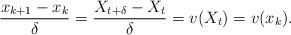
LaTeX: \begin{align*}\frac{x_{k+1} - x_k}{\delta} = \frac{X_{t+\delta} - X_t}{\delta} = v(X_t) = v(x_k).\end{align*}